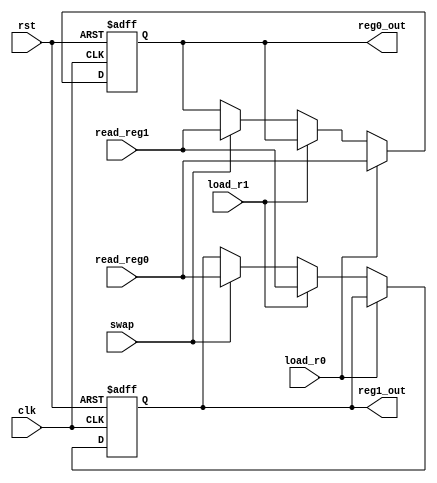
module register_file(  input [15:0] read_reg0, read_reg1, 
                      input load_r0, load_r1, clk, rst, swap,
                      output [15:0] reg0_out, reg1_out);
   
   
	always @ (posedge clk or posedge rst) begin
		if (rst) begin
			reg0_out <= 4'h0000;
			reg1_out <= 4'h0000;
		end
		else if (load_r0) 
			reg0_out <= read_reg0;
		else if (load_r1)
			reg1_out <= read_reg1;
		else if (swap) begin
			reg0_out <= read_reg1;
			reg1_out <= read_reg0;
		end
	end
	
endmodule